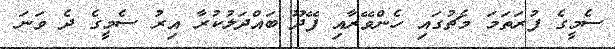
ސެމީގެ ފުރަތަމަ މެޗުގައި ހެންވޭރާއި ފޭދޫ ބައްދަލުކުރާ އިރު ސެމީގެ ދެ ވަނަ